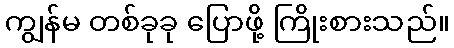
ကျွန်မ တစ်ခုခု ပြောဖို့ ကြိုးစားသည်။